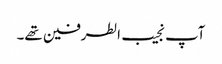
آپ نجیب الطرفین تھے۔